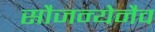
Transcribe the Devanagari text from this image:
सौजन्येनैव